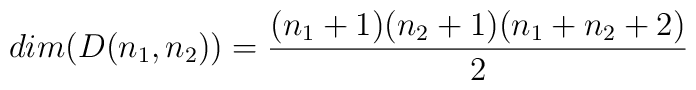
dim(D(n_{1},n_{2}))=\frac{(n_{1}+1)(n_{2}+1)(n_{1}+n_{2}+2)}{2}